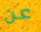
عن